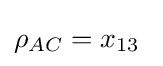
\rho _{AC}=x_{13}\